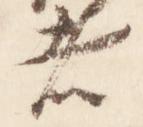
者